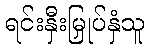
ရင်းနှီးမြှုပ်နှံသူ